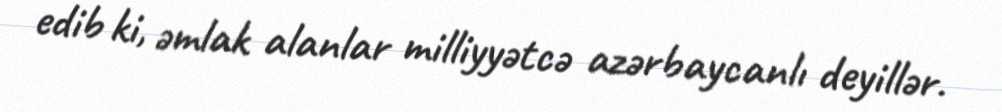
edib ki, əmlak alanlar milliyyətcə azərbaycanlı deyillər.